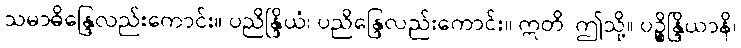
သမာဓိန္ဒြေလည်းကောင်း။ ပညိန္ဒြိယံ၊ ပညိန္ဒြေလည်းကောင်း။ ဣတိ၊ ဤသို့။ ပဉ္စိန္ဒြိယာနိ၊